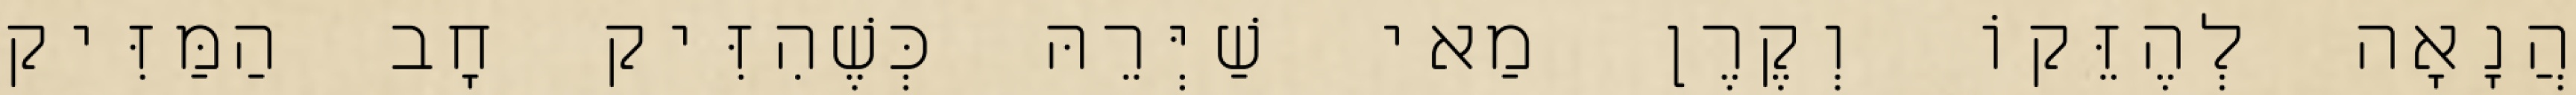
הֲנָאָה לְהֶזֵּקוֹ וְקֶרֶן מַאי שַׁיְּרֵהּ כְּשֶׁהִזִּיק חָב הַמַּזִּיק